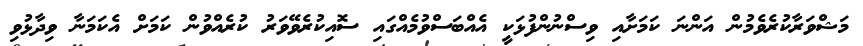
މަޝްވަރާކުރެވެމުން އަންނަ ކަމަށާއި ވިސްނުންފުޅަކީ އެއްބަސްވުމެއްގައި ސޮއިކުރެވޭވަރު ކުރެއްވުން ކަމަށް އެކަމަނާ ވިދާޅުވި